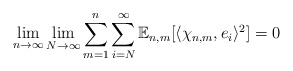
\begin{align*}\lim_{n \to \infty} \lim_{N \to \infty} \sum_{m=1}^{n} \sum_{i = N}^{\infty} \mathbb{E}_{n,m}[\langle \chi_{n,m}, e_i \rangle ^2] = 0\end{align*}